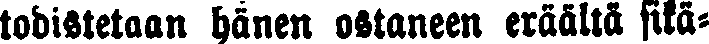
todistetaan hänen ostaneen eräältä sikä-